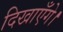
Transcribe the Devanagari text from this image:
दिखाएँगे।